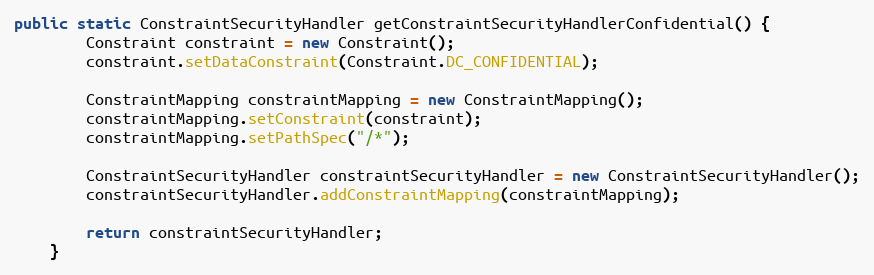
Language: Java
public static ConstraintSecurityHandler getConstraintSecurityHandlerConfidential() {
        Constraint constraint = new Constraint();
        constraint.setDataConstraint(Constraint.DC_CONFIDENTIAL);

        ConstraintMapping constraintMapping = new ConstraintMapping();
        constraintMapping.setConstraint(constraint);
        constraintMapping.setPathSpec("/*");

        ConstraintSecurityHandler constraintSecurityHandler = new ConstraintSecurityHandler();
        constraintSecurityHandler.addConstraintMapping(constraintMapping);

        return constraintSecurityHandler;
    }